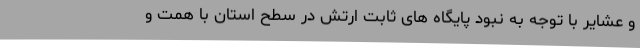
و عشایر با توجه به نبود پایگاه های ثابت ارتش در سطح استان با همت و